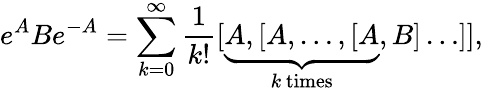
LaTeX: e^{A}Be^{-A}=\sum_{k=0}^{\infty}{\frac{1}{k!}}[\underbrace{A,[A,\dots,[A}_{k\, {\mathrm{times}}},B]\dots]],